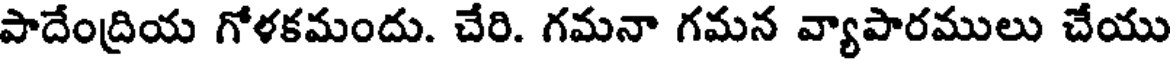
పాదేంద్రియ గోళకమందు. చేరి. గమనా గమన వ్యాపారములు చేయు